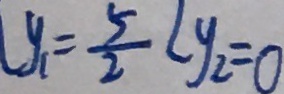
l y _ { 1 } = \frac { 5 } { 2 } l y _ { 2 } = 0